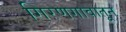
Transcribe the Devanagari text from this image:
गिरणगावातून